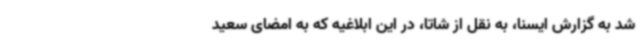
شد به گزارش ایسنا، به نقل از شاتا، در این ابلاغیه که به امضای سعید